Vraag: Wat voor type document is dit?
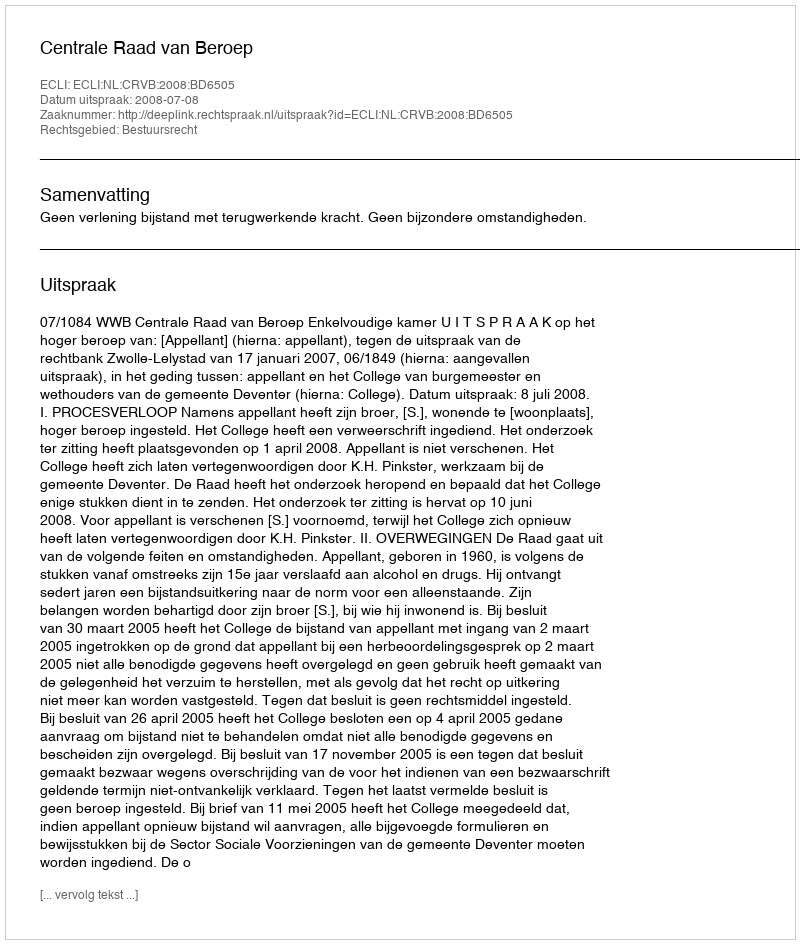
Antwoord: Uitspraak